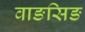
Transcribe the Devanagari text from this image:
वाङसिङ